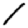
Digit: 1